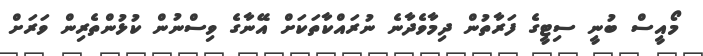
މޯއީސް ބުނީ ސިޓީގެ ފަރާތުން ދިމާވެދާނެ ނުރައްކާތަކަށް އޭނާގެ ވިސްނުން ކުޅުންތެރިން ވަރަށް